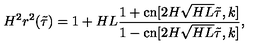
H ^ { 2 } r ^ { 2 } ( \tilde { \tau } ) = 1 + H L \frac { 1 + \mathrm { c n } [ 2 H \sqrt { H L } \tilde { \tau } , k ] } { 1 - \mathrm { c n } [ 2 H \sqrt { H L } \tilde { \tau } , k ] } ,